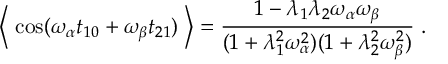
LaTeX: \left\langle \; \cos ( \omega _ { \alpha } t _ { 1 0 } + \omega _ { \beta } t _ { 2 1 } ) \; \right\rangle = { \frac { 1 - \lambda _ { 1 } \lambda _ { 2 } \omega _ { \alpha } \omega _ { \beta } } { ( 1 + \lambda _ { 1 } ^ { 2 } \omega _ { \alpha } ^ { 2 } ) ( 1 + \lambda _ { 2 } ^ { 2 } \omega _ { \beta } ^ { 2 } ) } } \; .